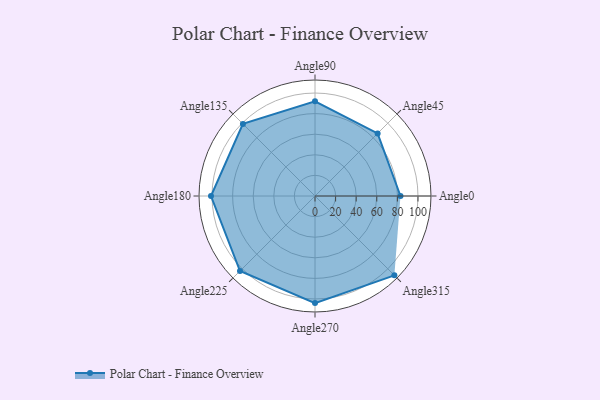
{"axis": {"x": "Angle", "y": "Radius"}, "legend": [""], "data": [{"x": "Angle0", "y": 83.0, "type": ""}, {"x": "Angle45", "y": 86.0, "type": ""}, {"x": "Angle90", "y": 92.0, "type": ""}, {"x": "Angle135", "y": 99.0, "type": ""}, {"x": "Angle180", "y": 101.0, "type": ""}, {"x": "Angle225", "y": 103.0, "type": ""}, {"x": "Angle270", "y": 104.0, "type": ""}, {"x": "Angle315", "y": 109.0, "type": ""}]}